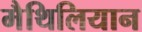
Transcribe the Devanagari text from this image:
मैथिलियान